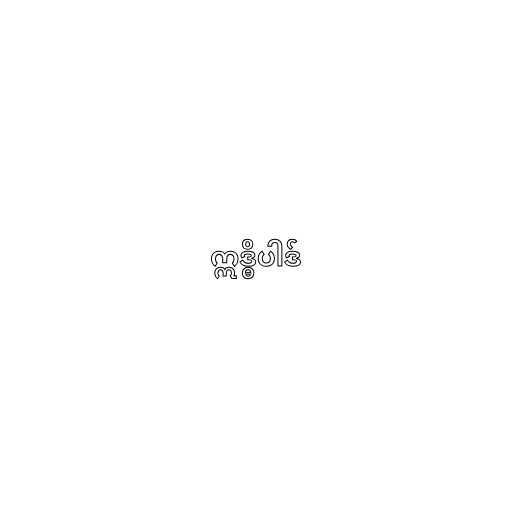
ဣဒ္ဓိပါဒ်